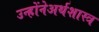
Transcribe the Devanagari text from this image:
उन्होंनेअर्थशास्त्र